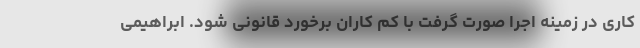
کاری در زمینه اجرا صورت گرفت با کم کاران برخورد قانونی شود. ابراهیمی